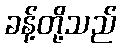
ခန့်တို့သည်